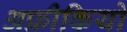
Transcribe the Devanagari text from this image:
अफ्रीकियो